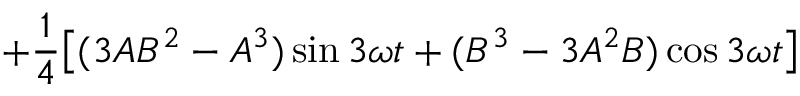
+ \frac { 1 } { 4 } \big [ ( 3 A B ^ { 2 } - A ^ { 3 } ) \sin { 3 \omega t } + ( B ^ { 3 } - 3 A ^ { 2 } B ) \cos { 3 \omega t } \big ]